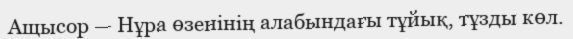
Ащысор — Нұра өзенінің алабындағы тұйық, тұзды көл.